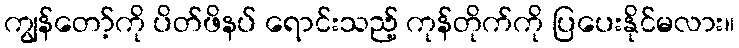
ကျွန်တော့်ကို ပိတ်ဖိနပ် ရောင်းသည့် ကုန်တိုက်ကို ပြပေးနိုင်မလား။